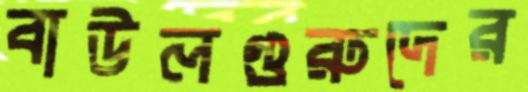
বাউলগুরুদের